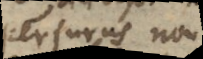
perjurus non